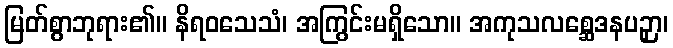
မြတ်စွာဘုရား၏။ နိရဝသေသံ၊ အကြွင်းမရှိသော။ အကုသလစ္ဆေဒနပဉှာ၊